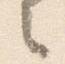
之